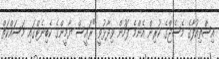
އިސްތިއުފާގެ މެސެޖްގެ ކުރިން އެންމެ ފަހުން ވިދާޅުވީ "ރައީސް ޔާމީންގެ ކެބިނެޓްގައި މަސައްކަތް